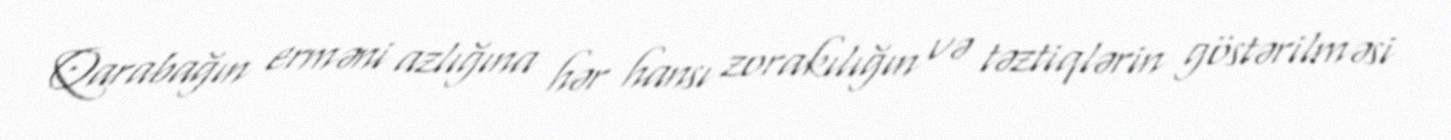
Qarabağın erməni azlığına hər hansı zorakılığın və təztiqlərin göstərilməsi